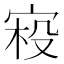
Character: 𰍂